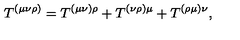
T ^ { ( \mu \nu \rho ) } = T ^ { ( \mu \nu ) \rho } + T ^ { ( \nu \rho ) \mu } + T ^ { ( \rho \mu ) \nu } ,